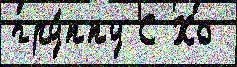
гру́ппу С Хо